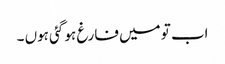
اب تو میں فارغ ہو گئی ہوں ۔